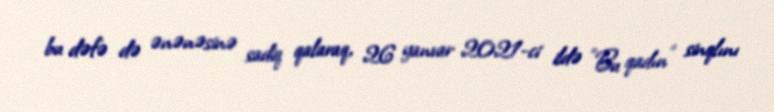
bu dəfə də ənənəsinə sadiq qalaraq, 26 yanvar 2021-ci ildə "Bu qadın" sinqlını